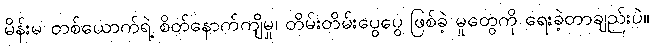
မိန်းမ တစ်ယောက်ရဲ့ စိတ်နောက်ကျိမှု၊ တိမ်းတိမ်းပွေပွေ ဖြစ်ခဲ့ မှုတွေကို ရေးခဲ့တာချည်းပဲ။